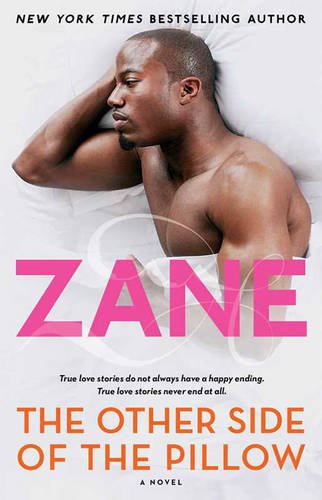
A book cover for The Other Side of the Pillow: A Novel; Zane; Romance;